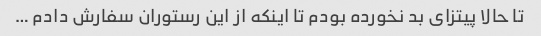
تا حالا پیتزای بد نخورده بودم تا اینکه از این رستوران سفارش دادم …